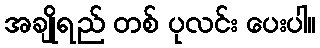
အချိုရည် တစ် ပုလင်း ပေးပါ။